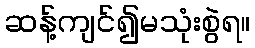
ဆန့်ကျင်၍မသုံးစွဲရ။